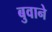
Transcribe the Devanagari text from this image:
बुवाने